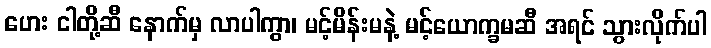
ဟေး ငါတို့ဆီ နောက်မှ လာပါကွာ၊ မင့်မိန်းမနဲ့ မင့်ယောက္ခမဆီ အရင် သွားလိုက်ပါ